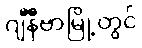
ဂျီနီဗာမြို့တွင်